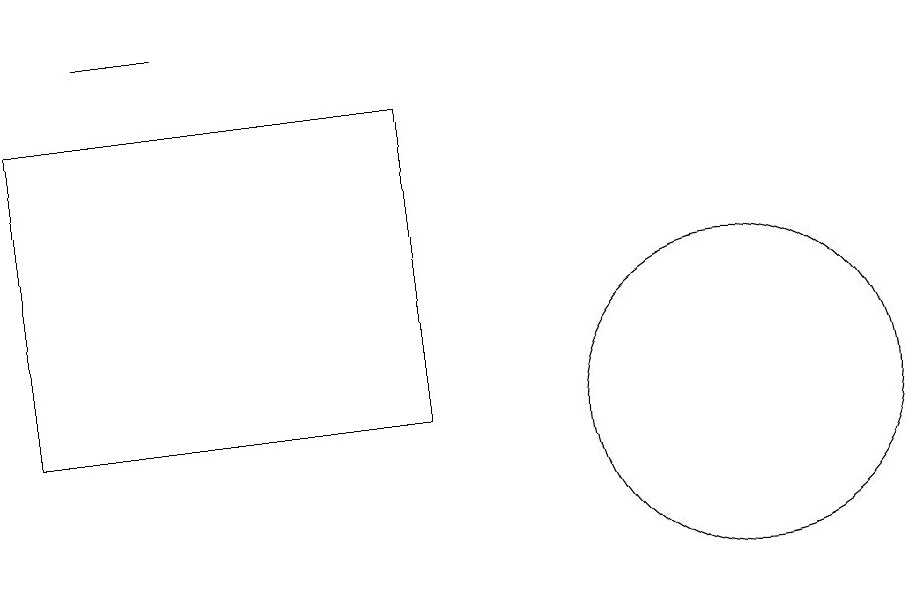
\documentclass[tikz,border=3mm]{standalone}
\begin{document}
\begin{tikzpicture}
\draw (12,11) circle (2);
\draw (4,16) rectangle (5,16);
\draw (8,11) rectangle (3,15);
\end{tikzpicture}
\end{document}